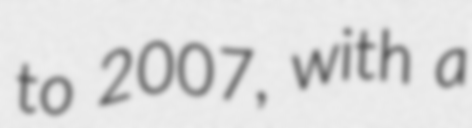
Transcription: to 2007, with a